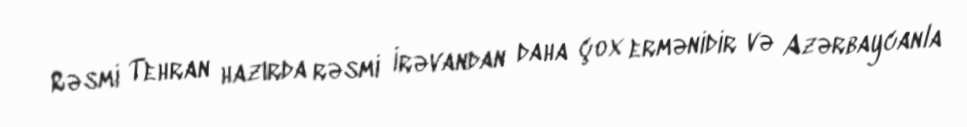
Rəsmi Tehran hazırda rəsmi İrəvandan daha çox ermənidir və Azərbaycanla